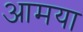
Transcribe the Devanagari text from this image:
आमया